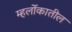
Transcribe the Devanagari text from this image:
म्हर्लोकातील